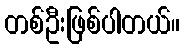
တစ်ဦးဖြစ်ပါတယ်။